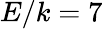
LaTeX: E/k=7